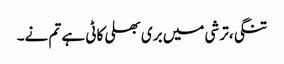
تنگی،ترشی میں بری بھلی کاٹی ہے تم نے۔